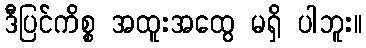
ဒီပြင်ကိစ္စ အထူးအထွေ မရှိ ပါဘူး။